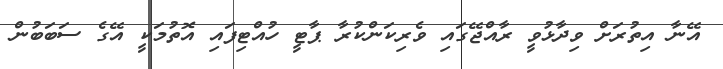
އޭނާ އިތުރަށް ވިދާޅުވީ ރާއްޖޭގައި ވެރިކަންކުރާ ޕާޓީ ހުއްޓިފައި އޮތުމަކީ އޭގެ ސަބަބުން